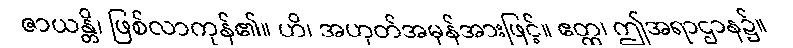
ဇာယန္တိ၊ ဖြစ်လာကုန်၏။ ဟိ၊ အဟုတ်အမှန်အားဖြင့်။ ဧတ္ထ၊ ဤအရာဌာန၌။